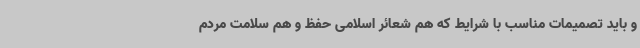
و باید تصمیمات مناسب با شرایط که هم شعائر اسلامی حفظ و هم سلامت مردم